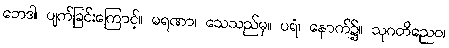
ဘေဒါ၊ ပျက်ခြင်းကြောင့်။ မရဏာ၊ သေသည်မှ။ ပရံ၊ နောက်၌။ သုဂတိညေဝ၊